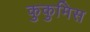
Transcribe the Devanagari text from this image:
कुकुमिस